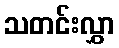
သတင်းလွှာ